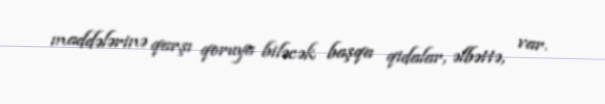
maddələrinə qarşı qoruya biləcək başqa qidalar, əlbəttə, var.